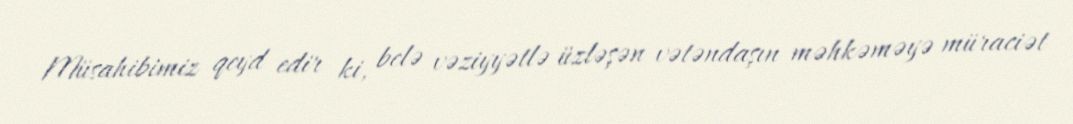
Müsahibimiz qeyd edir ki, belə vəziyyətlə üzləşən vətəndaşın məhkəməyə müraciət